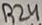
Text: R24